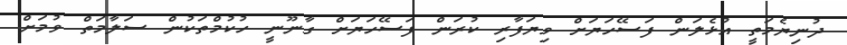
ދުނިޔެމަތީ އުޅެލަން ފަސޭހަޔަށް ވިޔަފާރި ކުރަން ފަސޭހަޔަށް ގާނޫނީ ހުކުމްތަކުން ސަލާމަތް ވުމަށް